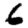
Digit: 6